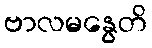
ဗာလမနွေတိ